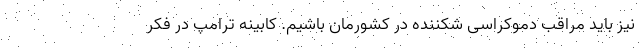
نیز باید مراقب دموکراسی شکننده در کشورمان باشیم. کابینه ترامپ در فکر